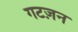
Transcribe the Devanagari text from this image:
गटज़न